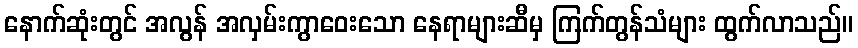
နောက်ဆုံးတွင် အလွန် အလှမ်းကွာဝေးသော နေရာများဆီမှ ကြက်တွန်သံများ ထွက်လာသည်။